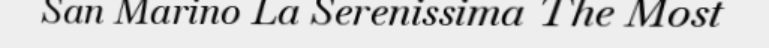
San Marino La Serenissima The Most